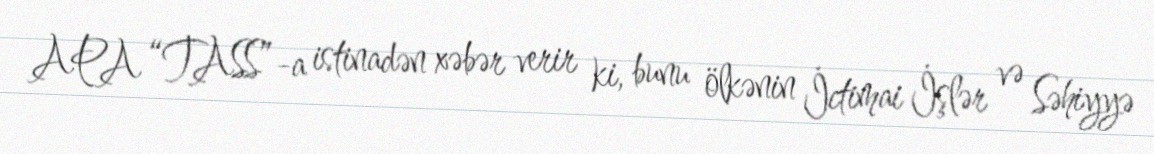
APA “TASS”-a istinadən xəbər verir ki, bunu ölkənin İctimai İşlər və Səhiyyə